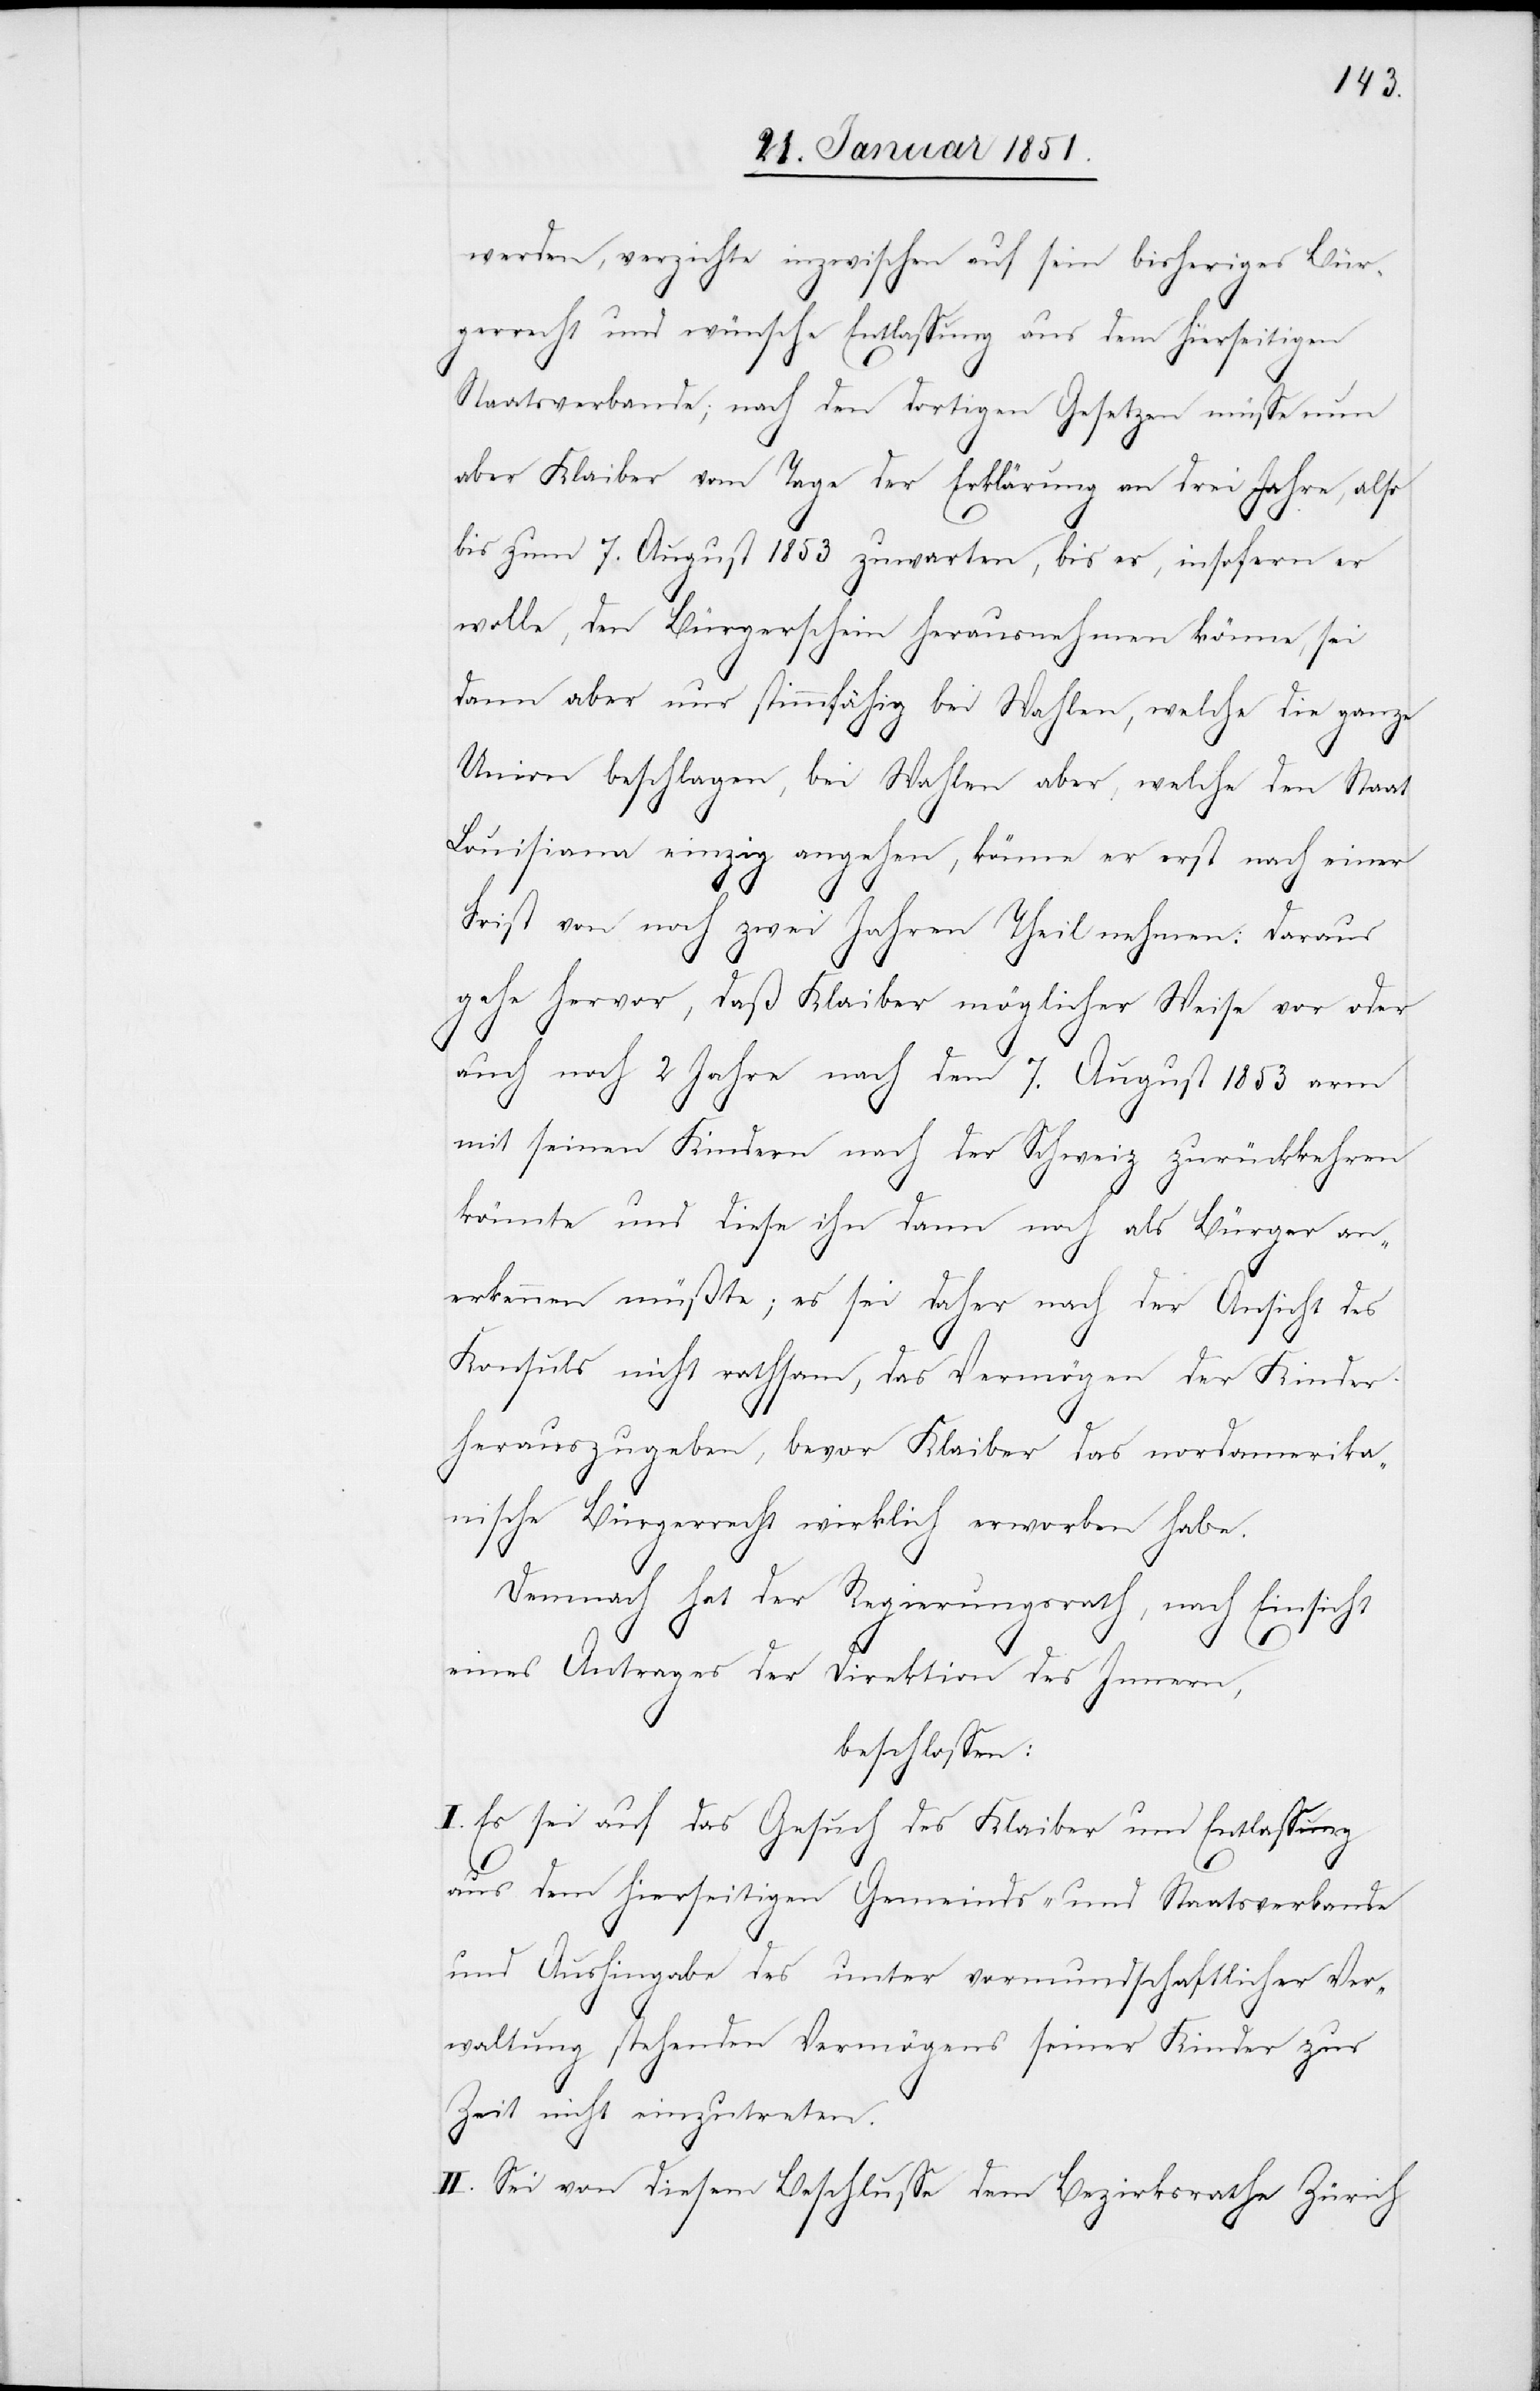
werden, verzichte inzwischen auf sein bisheriges Bür¬
gerrecht und wünsche Entlassung aus dem hierseitigen
Staatsverbande; nach den dortigen Gesetzen müsse nun
aber Klaiber vom Tage der Erklärung an drei Jahre, also
bis zum 7. August 1853 zuwarten, bis er, insofern er
wolle, den Bürgerschein herausnehmen könne, sei
dann aber nur stimmfähig bei Wahlen, welche die ganze
Union beschlagen, bei Wahlen aber, welche den Staat
Louisiana einzig angehen, könne er erst nach einer
Frist von noch zwei Jahren Theil nehmen: Daraus
gehe hervor, daß Klaiber möglicher Weise vor oder
auch noch 2 Jahre nach dem 7. August 1853 arm
mit seinen Kindern nach der Schweiz zurückkehren
könnte und diese ihn dann noch als Bürger an¬
erkennen müßte; es sei daher nach der Ansicht des
Konsuls nicht rathsam, das Vermögen der Kinder
herauszugeben, bevor Klaiber das nordamerika¬
nische Bürgerrecht wirklich erworben habe.
Demnach hat der Regierungsrath, nach Einsicht
eines Antrages der Direktion des Innern,
beschlossen:
I. Es sei auf das Gesuch des Klaiber um Entlassung
aus dem hierseitigen Gemeinds- und Staatsverbande
und Aushingabe des unter vormundschaftlicher Ver¬
waltung stehenden Vermögens seiner Kinder zur
Zeit nicht einzutreten.
II. Sei von diesem Beschlusse dem Bezirksrathe Zürich